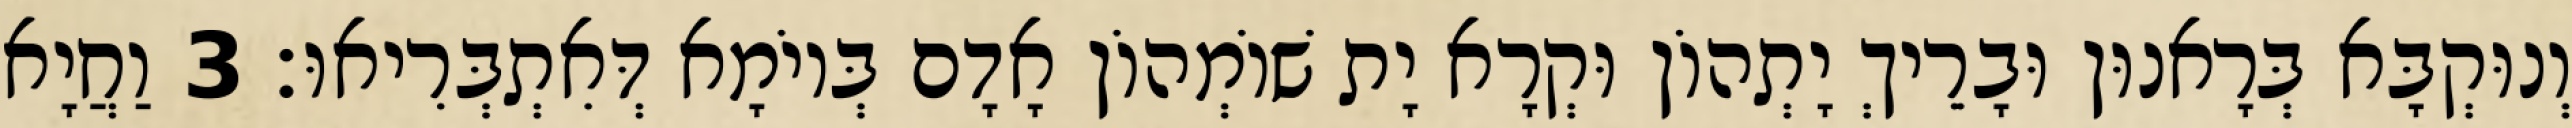
וְנוּקְבָּא בְּרָאנוּן וּבָרֵיךְ יָתְהוֹן וּקְרָא יָת שׁוֹמְהוֹן אָדָם בְּיוֹמָא דְּאִתְבְּרִיאוּ׃ 3 וַחֲיָא